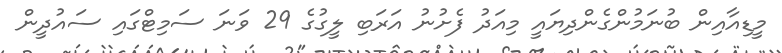
މީޑިއާއިން ބުނަމުންގެންދިޔައީ މިއަދު ފެށުނު އަރަބި ލީގުގެ 29 ވަނަ ސަމިޓްގައި ސައުދީން